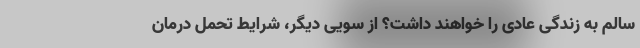
سالم به زندگی عادی را خواهند داشت؟ از سویی دیگر، شرایط تحمل درمان